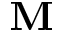
\textbf { M }